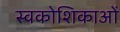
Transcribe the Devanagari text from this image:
स्वकोशिकाओं